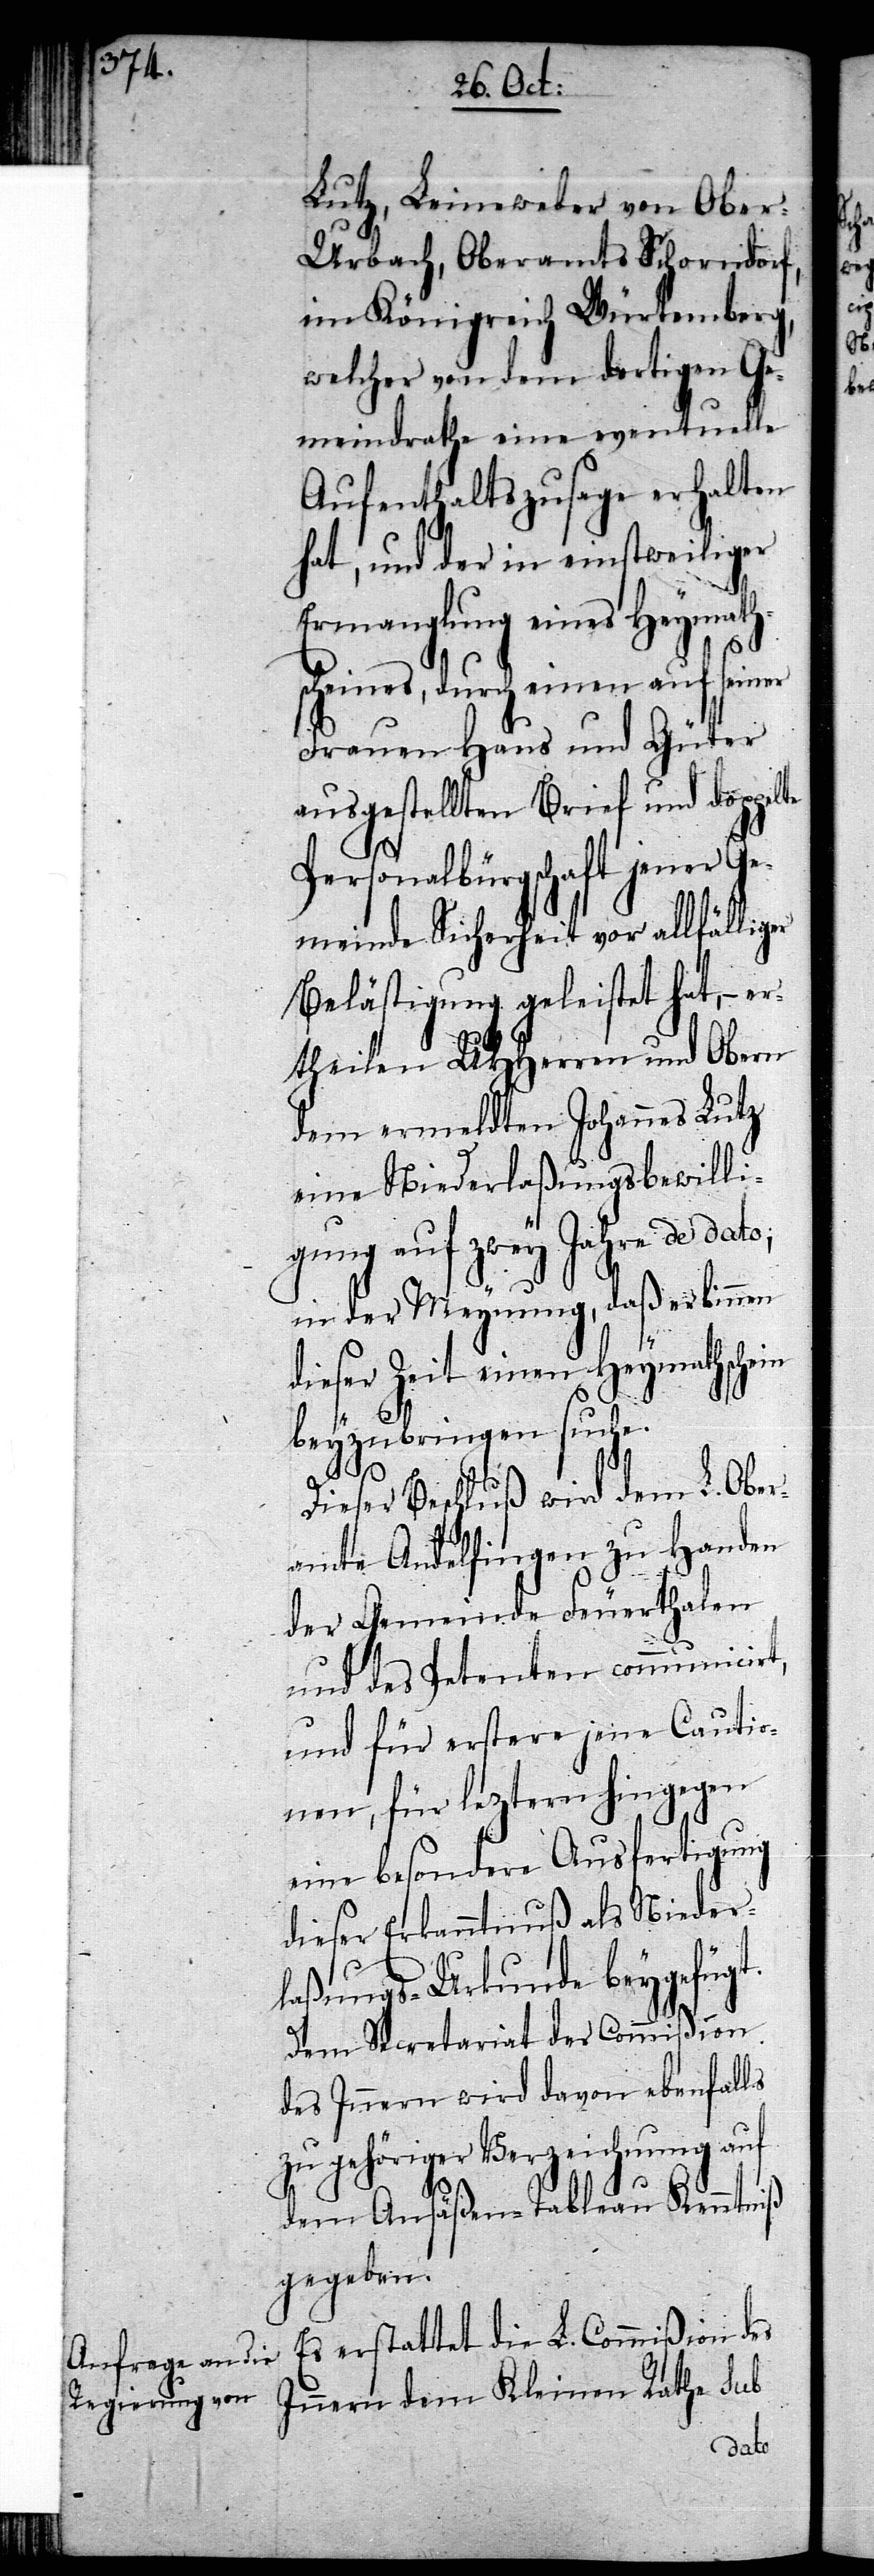
Lutz, Leineweber von Obe¬
r-Urbach, Oberamts Schorndorf,
im Königreich Würtemberg,
welcher von dem dortigen Ge¬
meindrathe eine eventuelle
Aufenthaltszusage erhalten
hat, und der in einstweiliger
Ermanglung eines Heymath¬
scheines, durch einen auf seiner
Frauen Haus und Güter
ausgestellten Brief und doppel¬
Personalbürgschaft jener Ge¬
meinde Sicherheit vor allfällig¬
Belästigung geleistet hat, – er¬
theilen UHHerren und Obern
dem ermeldten Johannes Lutz
eine Niederlaßungsbewilli¬
gung auf zwey Jahre de dato;
te
in der Meynung, daß er binnen
dieser Zeit einen Heymathschein
beyzubringen suche.
Dieser Beschluß wird dem L. Ober¬
amte Andelfingen zu Handen
der Gemeinde Feuerthalen
und des Petenten communicirt,
und für erstere jene Cautio¬
nen, für leztern hingegen
eine besondere Ausfertigung
dieser Erkanntnuß als Nieder¬
laßungs-Urkunde beygefügt.
Dem Secretariat der Commißion
des Innern wird davon ebenfalls
zu gehöriger Verzeichnung auf
dem Ansäßen-Tableau Kenntniß
gegeben.
Es erstattet die L. Commißion des
Innern dem Kleinen Rathe sub
er